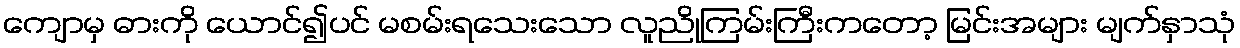
ကျောမှ ဓားကို ယောင်၍ပင် မစမ်းရသေးသော လူညိုကြမ်းကြီးကတော့ မြင်းအများ မျက်နှာသုံ